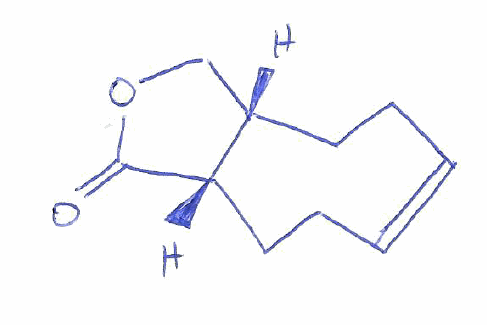
Simplified molecular-input line-entry system (SMILES) notation of the given molecule:
C/1C[C@H]2COC(=O)[C@H]2CC/C=C1